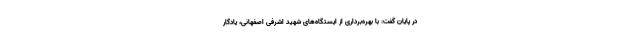
در پایان گفت: با بهره‌برداری از ایستگاه‌های شهید اشرفی اصفهانی، یادگار